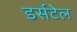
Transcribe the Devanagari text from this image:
डर्सटेल